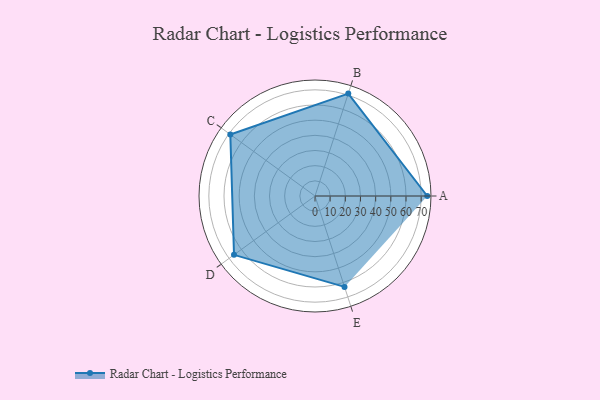
{"axis": {"x": "Skill", "y": "Score"}, "legend": ["Profile"], "data": [{"x": "A", "y": 74.0, "type": "Profile"}, {"x": "B", "y": 71.0, "type": "Profile"}, {"x": "C", "y": 69.0, "type": "Profile"}, {"x": "D", "y": 66.0, "type": "Profile"}, {"x": "E", "y": 63.0, "type": "Profile"}]}